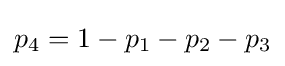
p_{4}=1-p_{1}-p_{2}-p_{3}